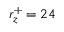
r _ { z } ^ { + } = 2 4